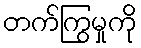
တက်ကြွမှုကို